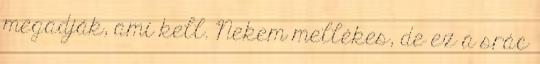
megadják, ami kell. Nekem mellékes, de ez a srác